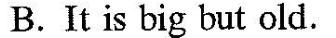
B.It is big but old.